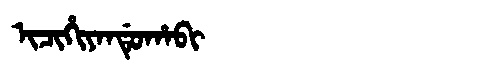
Manchu: ᡳᠴᡳᡥᡳᠶᠠᠨᡩᡠᡥᠠᠪᡳ
Romanization: ICIHIYANDUHABI